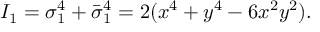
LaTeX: I _ { 1 } = \sigma _ { 1 } ^ { 4 } + \bar { \sigma } _ { 1 } ^ { 4 } = 2 ( x ^ { 4 } + y ^ { 4 } - 6 x ^ { 2 } y ^ { 2 } ) .